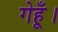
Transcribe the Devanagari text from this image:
गेहूँ।